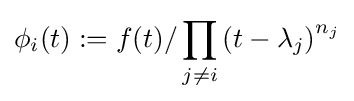
\phi _{i}(t):=f(t)/\prod _{j\neq i}\left(t-\lambda _{j}\right)^{n_{j}}